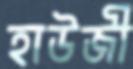
হাউজী